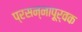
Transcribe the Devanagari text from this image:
प्रसन्नापूर्वक